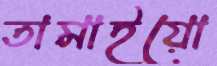
তামাইয়ো